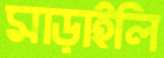
মাড়াইলি